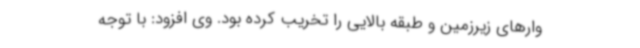
وارهای زیرزمین و طبقه بالایی را تخریب کرده بود. وی افزود: با توجه